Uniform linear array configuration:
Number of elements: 12
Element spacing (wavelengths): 0.25
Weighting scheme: uniform
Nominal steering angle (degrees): -15
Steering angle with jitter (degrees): -14.777
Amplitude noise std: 0.05
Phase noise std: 0.05

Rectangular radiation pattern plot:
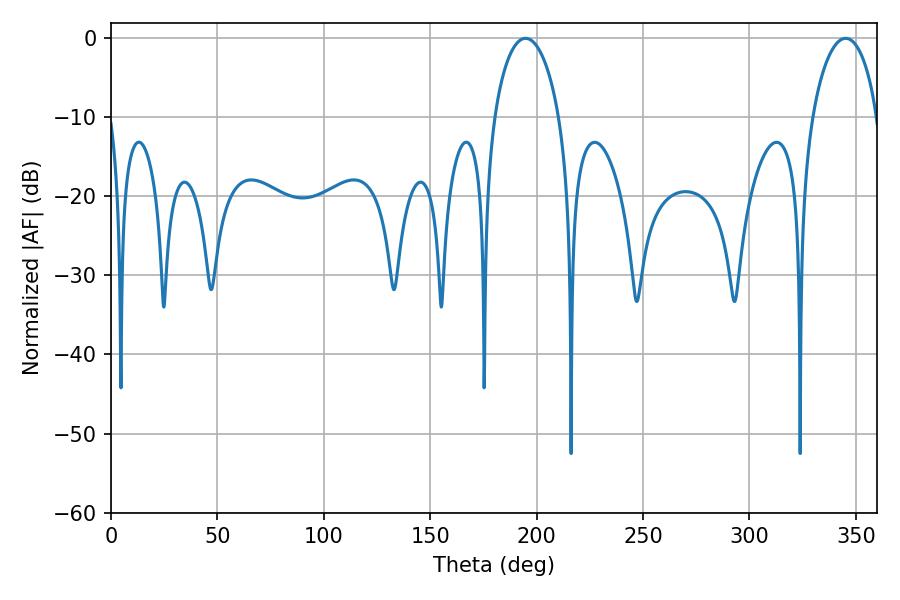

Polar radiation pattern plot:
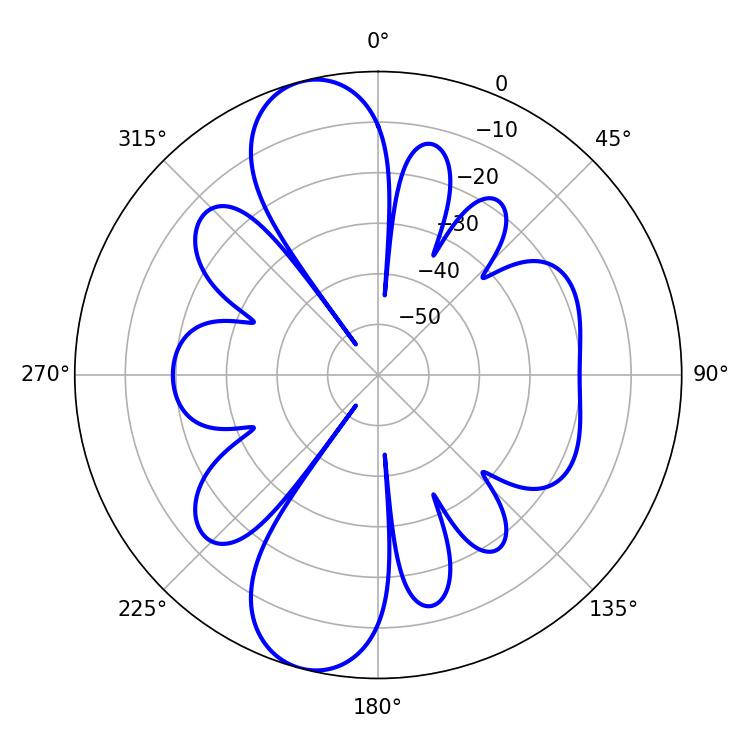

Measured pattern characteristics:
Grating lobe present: FALSE
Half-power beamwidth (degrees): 17.64
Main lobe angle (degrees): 194.76